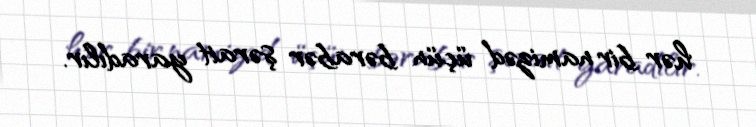
hər bir namizəd üçün bərabər şərait yaradılır.